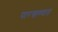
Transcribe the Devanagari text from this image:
पारखण्यात